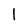
Character: 1